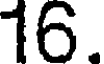
16.